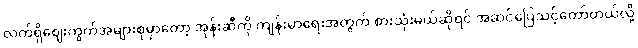
လက်ရှိဈေးကွက်အများစုမှာတော့ အုန်းဆီကို ကျန်းမာရေးအတွက် စားသုံးမယ်ဆိုရင် အဆင်ပြေသင့်တော်တယ်လို့